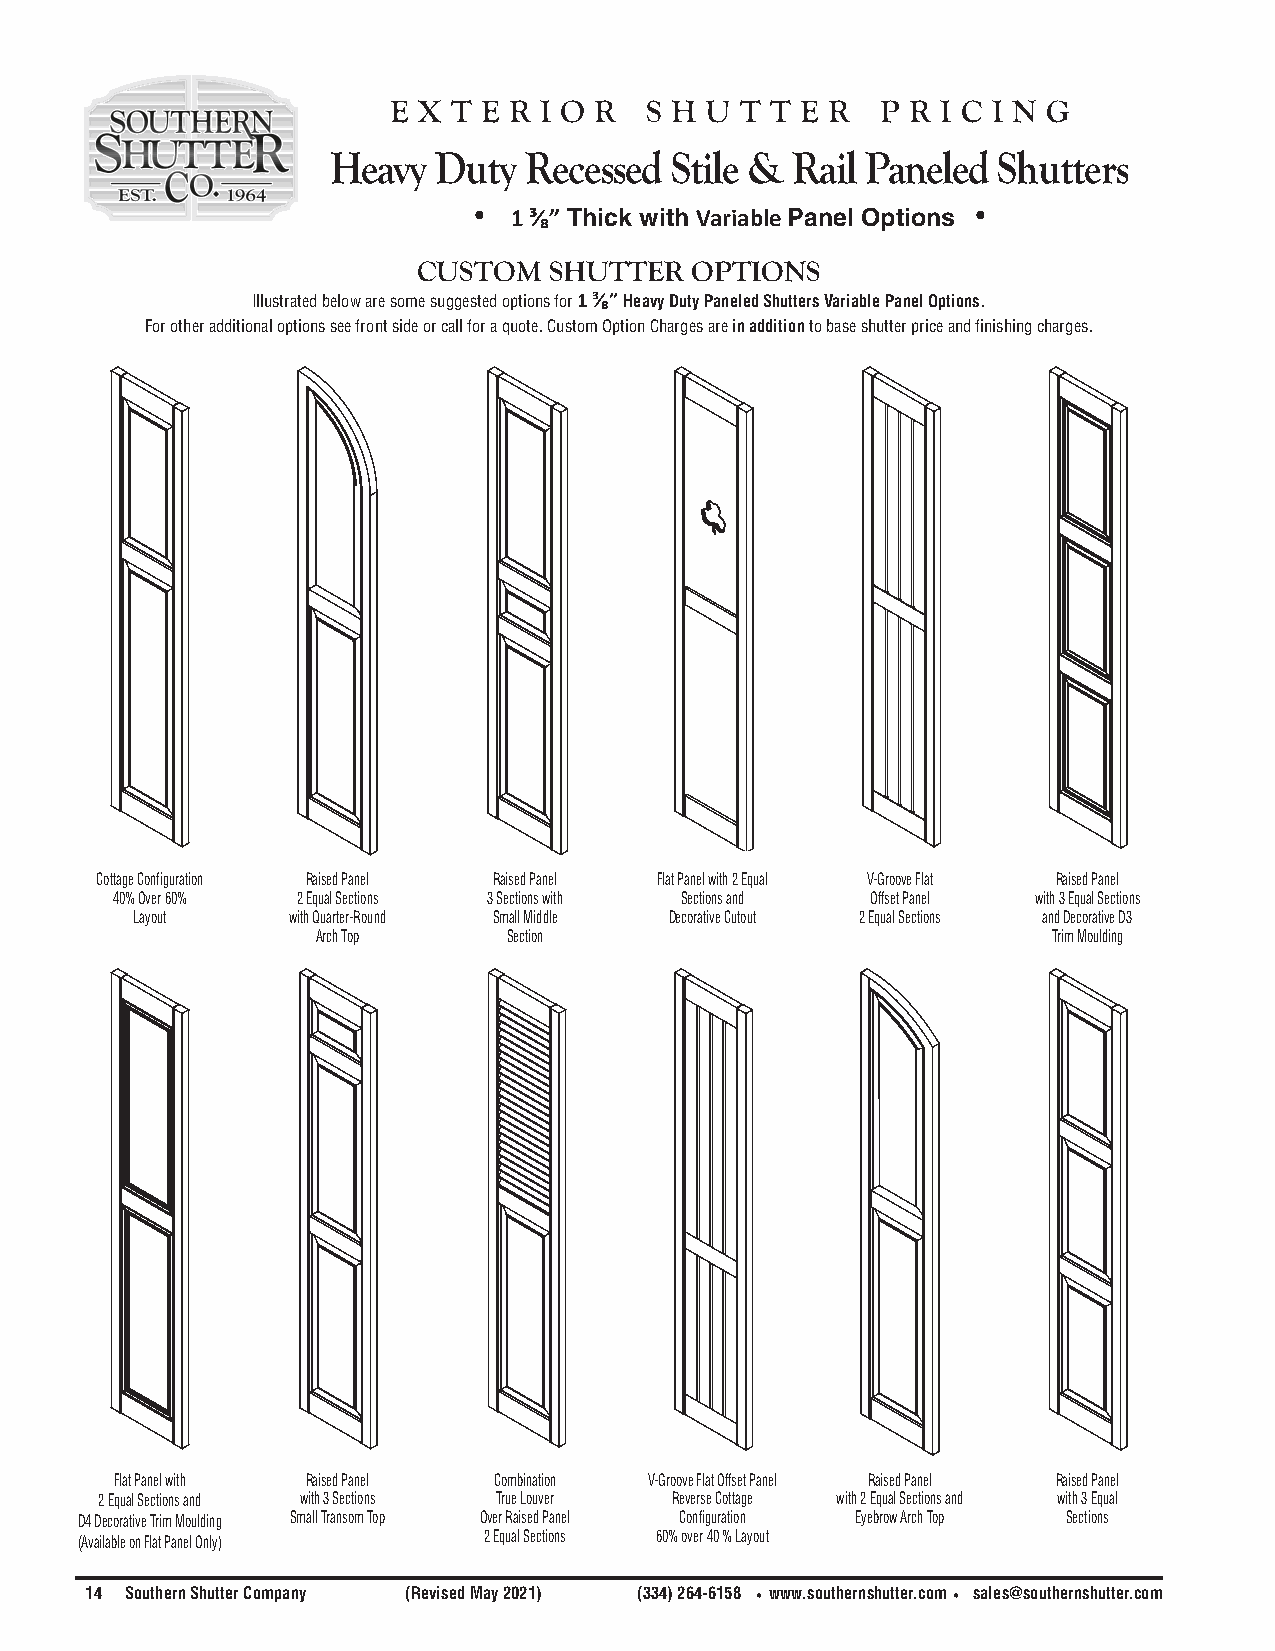
e x t e r i o r  s h u t t e r  p r i c i n g
 Heavy  Duty  Recessed Stile & Rail Paneled  Shutters
 •  1 ³⁄₈” Thick with Variable Panel Options •
 CUSTOM  SHUTTER   OPTIONS
 Illustrated below are some suggested options for 1 ³⁄₈” Heavy Duty Paneled Shutters Variable Panel Options.
 For other additional options see front side or call for a quote. Custom Option Charges are in addition to base shutter price and finishing charges.
 Cottage Configuration Raised Panel Raised Panel Flat Panel with 2 Equal V-Groove Flat Raised Panel
 40% Over 60% 2 Equal Sections 3 Sections with Sections and Offset Panel with 3 Equal Sections
 Layout    with Quarter-Round Small Middle Decorative Cutout 2 Equal Sections and Decorative D3
 Arch Top     Section                             Trim Moulding
 Flat Panel with Raised Panel Combination V-Groove Flat Offset Panel Raised Panel Raised Panel
 2 Equal Sections and with 3 Sections True Louver Reverse Cottage with 2 Equal Sections and with 3 Equal
 D4 Decorative Trim Moulding Small Transom Top Over Raised Panel Configuration Eyebrow Arch Top Sections
 (Available on Flat Panel Only) 2 Equal Sections 60% over 40 % Layout
 14 Southern Shutter Company (Revised May 2021) (334) 264-6158 •www.southernshutter.com• sales@southernshutter.com